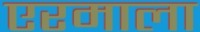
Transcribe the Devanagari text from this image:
एरमाला